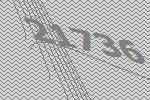
21736